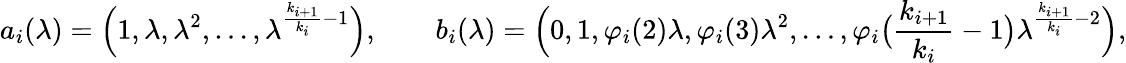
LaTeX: a_{i}(\lambda)=\Big(1,\lambda,\lambda^{2},\ldots,\lambda^{\frac{k_{i+1}}{k_{i}}-1}\Big),\qquad b_{i}(\lambda)=\Big(0,1,\varphi_{i}(2)\lambda,\varphi_{i}(3)\lambda^{2},\ldots,\varphi_{i}\big(\frac{k_{i+1}}{k_{i}}-1\big)\lambda^{\frac{k_{i+1}}{k_{i}}-2}\Big),